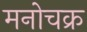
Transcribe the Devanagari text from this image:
मनोचक्र